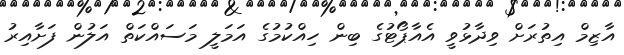
އާޒިމް އިތުރަށް ވިދާޅުވީ އެއާޕޯޓުގެ ބިން ހިއްކުމުގެ އަމަލީ މަސައްކަތް އަލުން ފަށާއިރު